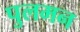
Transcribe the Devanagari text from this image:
पुलमन